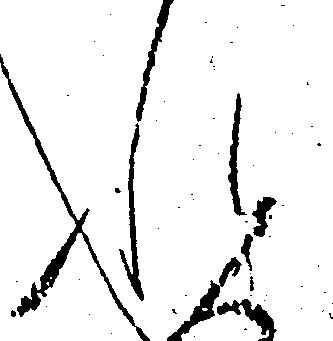
れ